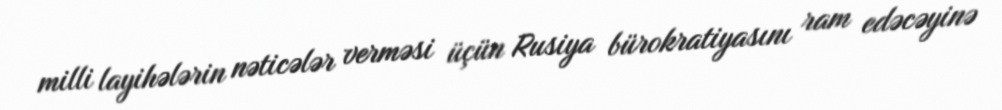
milli layihələrin nəticələr verməsi üçün Rusiya bürokratiyasını ram edəcəyinə